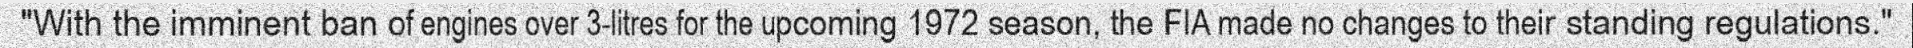
"With the imminent ban of engines over 3-litres for the upcoming 1972 season, the FIA made no changes to their standing regulations."